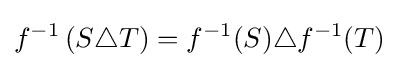
f^{-1}\left(S\triangle T\right)=f^{-1}(S)\triangle f^{-1}(T)